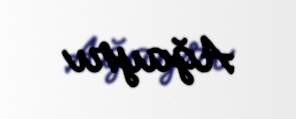
Ağayrı